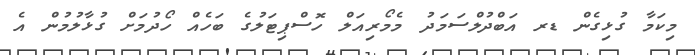
މިކަމާ ގުޅިގެން ޑރ އަބްދުލްސަމަދު މެމޯރިއަލް ހޮސްޕިޓަލުގެ ބަހެއް ހޯދުމަށް ގުޅާލުމުން އެ